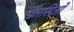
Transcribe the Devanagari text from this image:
फ़ासिओ